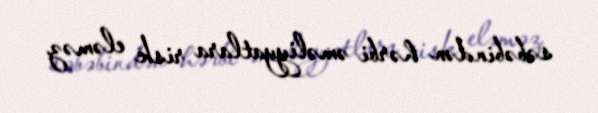
səbəbindən hərbi əməliyyatlara risk eləməz.